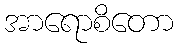
အာရောစိတော